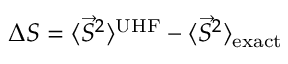
\Delta S = \langle \vec { S } ^ { 2 } \rangle ^ { \mathrm { U H F } } - \langle \vec { S } ^ { 2 } \rangle _ { \mathrm { e x a c t } }